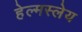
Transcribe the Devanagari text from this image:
हेल्मस्लेय